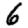
Digit: 6